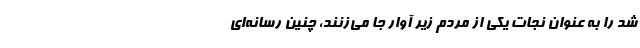
شد را به عنوان نجات یکی از مردم زیر آوار جا می‌زنند، چنین رسانه‌ای